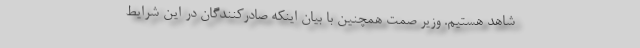
شاهد هستیم. وزیر صمت همچنین با بیان اینکه صادرکنندگان در این شرایط